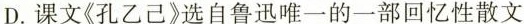
D.课文《孔乙己》选自鲁迅唯一的一部回忆性散文